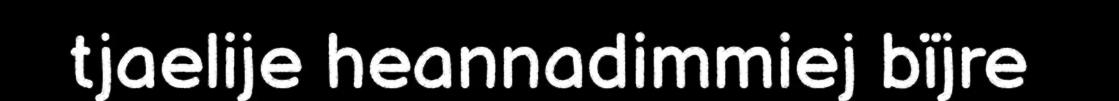
tjaelije heannadimmiej bïjre